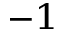
^ { - 1 }